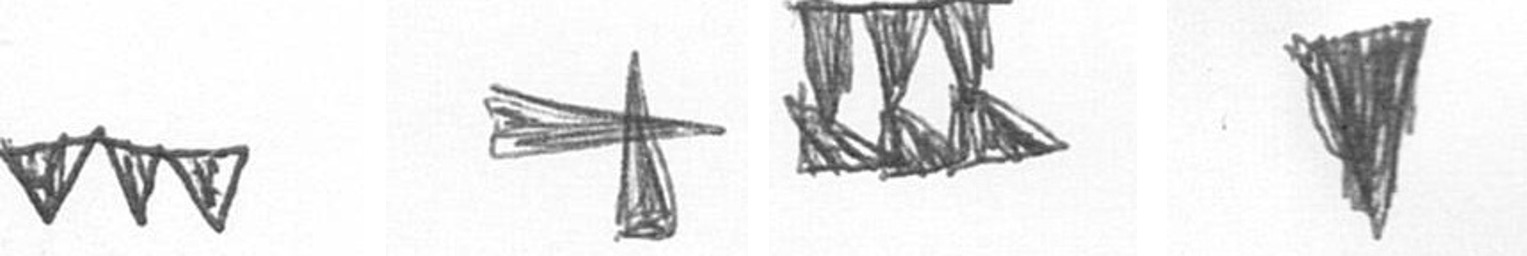
L G D J